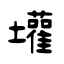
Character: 壦